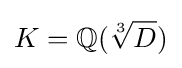
K=\mathbb {Q} ({\sqrt[{3}]{D}})